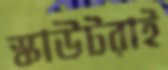
স্কাউটরাই